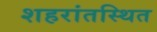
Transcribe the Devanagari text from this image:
शहरांतस्थित